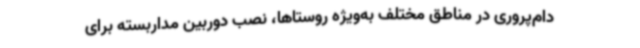
دام‌پروری در مناطق مختلف به‌ویژه روستاها، نصب دوربین مداربسته برای